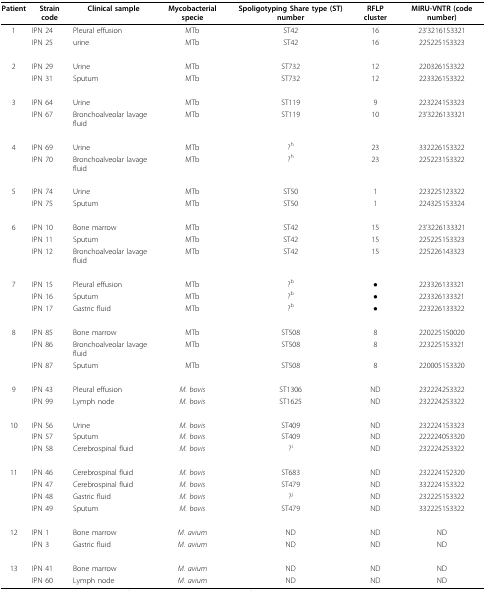
<table><thead><tr><td><b>Patient</b></td><td><b>Strain code</b></td><td><b>Clinical sample</b></td><td><b>Mycobacterial specie</b></td><td><b>Spoligotyping Share type (ST) number</b></td><td><b>RFLP cluster</b></td><td><b>MIRU-VNTR (code number)</b></td></tr></thead><tbody><tr><td>1</td><td>IPN 24</td><td>Pleural effusion</td><td>MTb</td><td>ST42</td><td>16</td><td>23&#x27;3216153321</td></tr><tr><td></td><td>IPN 25</td><td>urine</td><td>MTb</td><td>ST42</td><td>16</td><td>225225153323</td></tr><tr><td>2</td><td>IPN 29</td><td>Urine</td><td>MTb</td><td>ST732</td><td>12</td><td>220326153322</td></tr><tr><td></td><td>IPN 31</td><td>Sputum</td><td>MTb</td><td>ST732</td><td>12</td><td>223326153322</td></tr><tr><td>3</td><td>IPN 64</td><td>Urine</td><td>MTb</td><td>ST119</td><td>9</td><td>223224153323</td></tr><tr><td></td><td>IPN 67</td><td>Bronchoalveolar lavage fluid</td><td>MTb</td><td>ST119</td><td>10</td><td>23&#x27;3226133321</td></tr><tr><td>4</td><td>IPN 69</td><td>Urine</td><td>MTb</td><td>?<sup>h</sup></td><td>23</td><td>332226153322</td></tr><tr><td></td><td>IPN 70</td><td>Bronchoalveolar lavage fluid</td><td>MTb</td><td>?<sup>h</sup></td><td>23</td><td>225223153322</td></tr><tr><td>5</td><td>IPN 74</td><td>Urine</td><td>MTb</td><td>ST50</td><td>1</td><td>223225123322</td></tr><tr><td></td><td>IPN 75</td><td>Sputum</td><td>MTb</td><td>ST50</td><td>1</td><td>224325153324</td></tr><tr><td>6</td><td>IPN 10</td><td>Bone marrow</td><td>MTb</td><td>ST42</td><td>15</td><td>23&#x27;3226133321</td></tr><tr><td></td><td>IPN 11</td><td>Sputum</td><td>MTb</td><td>ST42</td><td>15</td><td>225225153323</td></tr><tr><td></td><td>IPN 12</td><td>Bronchoalveolar lavage fluid</td><td>MTb</td><td>ST42</td><td>15</td><td>225226143323</td></tr><tr><td>7</td><td>IPN 15</td><td>Pleural effusion</td><td>MTb</td><td>?<sup>b</sup></td><td>●</td><td>223326133321</td></tr><tr><td></td><td>IPN 16</td><td>Sputum</td><td>MTb</td><td>?<sup>b</sup></td><td>●</td><td>223326133321</td></tr><tr><td></td><td>IPN 17</td><td>Gastric fluid</td><td>MTb</td><td>?<sup>b</sup></td><td>●</td><td>223226133322</td></tr><tr><td>8</td><td>IPN 85</td><td>Bone marrow</td><td>MTb</td><td>ST508</td><td>8</td><td>220225150020</td></tr><tr><td></td><td>IPN 86</td><td>Bronchoalveolar lavage fluid</td><td>MTb</td><td>ST508</td><td>8</td><td>223225153321</td></tr><tr><td></td><td>IPN 87</td><td>Sputum</td><td>MTb</td><td>ST508</td><td>8</td><td>220005153320</td></tr><tr><td>9</td><td>IPN 43</td><td>Pleural effusion</td><td><i>M. bovis</i></td><td>ST1306</td><td>ND</td><td>232224253322</td></tr><tr><td></td><td>IPN 99</td><td>Lymph node</td><td><i>M. bovis</i></td><td>ST1625</td><td>ND</td><td>232224253322</td></tr><tr><td>10</td><td>IPN 56</td><td>Urine</td><td><i>M. bovis</i></td><td>ST409</td><td>ND</td><td>232224153323</td></tr><tr><td></td><td>IPN 57</td><td>Sputum</td><td><i>M. bovis</i></td><td>ST409</td><td>ND</td><td>222224053320</td></tr><tr><td></td><td>IPN 58</td><td>Cerebrospinal fluid</td><td><i>M. bovis</i></td><td>?<sup>i</sup></td><td>ND</td><td>232224253322</td></tr><tr><td>11</td><td>IPN 46</td><td>Cerebrospinal fluid</td><td><i>M. bovis</i></td><td>ST683</td><td>ND</td><td>232224152320</td></tr><tr><td></td><td>IPN 47</td><td>Cerebrospinal fluid</td><td><i>M. bovis</i></td><td>ST479</td><td>ND</td><td>332224153322</td></tr><tr><td></td><td>IPN 48</td><td>Gastric fluid</td><td><i>M. bovis</i></td><td>?<sup>j</sup></td><td>ND</td><td>232225153322</td></tr><tr><td></td><td>IPN 49</td><td>Sputum</td><td><i>M. bovis</i></td><td>ST479</td><td>ND</td><td>332225153322</td></tr><tr><td>12</td><td>IPN 1</td><td>Bone marrow</td><td><i>M. avium</i></td><td>ND</td><td>ND</td><td>ND</td></tr><tr><td></td><td>IPN 3</td><td>Gastric fluid</td><td><i>M. avium</i></td><td>ND</td><td>ND</td><td>ND</td></tr><tr><td>13</td><td>IPN 41</td><td>Bone marrow</td><td><i>M. avium</i></td><td>ND</td><td>ND</td><td>ND</td></tr><tr><td></td><td>IPN 60</td><td>Lymph node</td><td><i>M. avium</i></td><td>ND</td><td>ND</td><td>ND</td></tr></tbody></table>